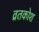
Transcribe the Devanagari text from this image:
व्रतकोश